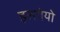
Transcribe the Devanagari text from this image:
इसयेयो